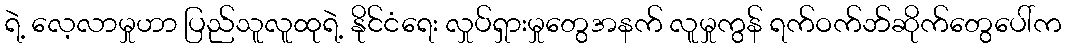
ရဲ့ လေ့လာမှုဟာ ပြည်သူလူထုရဲ့ နိုင်ငံရေး လှုပ်ရှားမှုတွေအနက် လူမှုကွန် ရက်ဝက်ဘ်ဆိုက်တွေပေါ်က